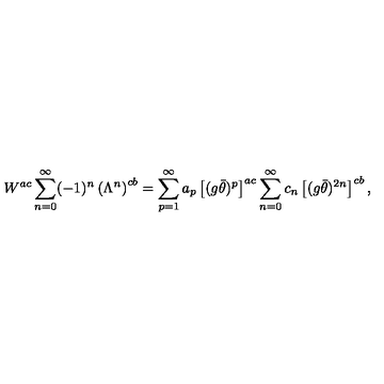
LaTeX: W ^ { a c } \sum _ { n = 0 } ^ { \infty } ( - 1 ) ^ { n } \left( \Lambda ^ { n } \right) ^ { c b } = \sum _ { p = 1 } ^ { \infty } a _ { p } \left[ ( g \bar { \theta } ) ^ { p } \right] ^ { a c } \sum _ { n = 0 } ^ { \infty } c _ { n } \left[ ( g \bar { \theta } ) ^ { 2 n } \right] ^ { c b } ,